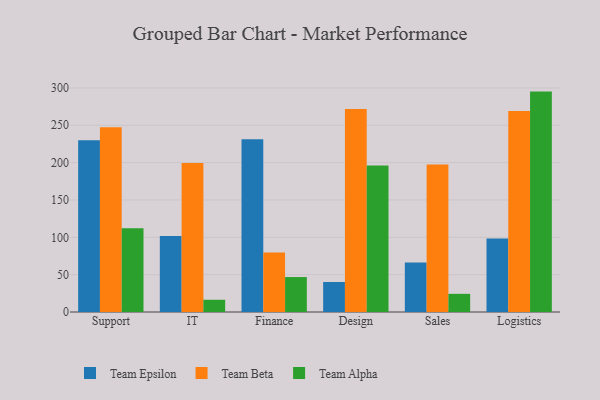
{"axis": {"x": "Department", "y": "Tickets Resolved"}, "legend": ["Team Alpha", "Team Beta", "Team Epsilon"], "data": [{"x": "Support", "y": 230.1, "type": "Team Epsilon"}, {"x": "Support", "y": 247.5, "type": "Team Beta"}, {"x": "Support", "y": 112.2, "type": "Team Alpha"}, {"x": "IT", "y": 101.9, "type": "Team Epsilon"}, {"x": "IT", "y": 199.6, "type": "Team Beta"}, {"x": "IT", "y": 16.4, "type": "Team Alpha"}, {"x": "Finance", "y": 231.4, "type": "Team Epsilon"}, {"x": "Finance", "y": 79.5, "type": "Team Beta"}, {"x": "Finance", "y": 46.8, "type": "Team Alpha"}, {"x": "Design", "y": 40.2, "type": "Team Epsilon"}, {"x": "Design", "y": 271.7, "type": "Team Beta"}, {"x": "Design", "y": 196.1, "type": "Team Alpha"}, {"x": "Sales", "y": 66.2, "type": "Team Epsilon"}, {"x": "Sales", "y": 197.6, "type": "Team Beta"}, {"x": "Sales", "y": 24.3, "type": "Team Alpha"}, {"x": "Logistics", "y": 98.4, "type": "Team Epsilon"}, {"x": "Logistics", "y": 269.2, "type": "Team Beta"}, {"x": "Logistics", "y": 295.1, "type": "Team Alpha"}]}